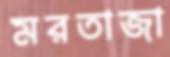
মরতাজা